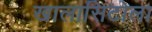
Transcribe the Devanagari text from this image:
खालासिटोला